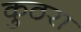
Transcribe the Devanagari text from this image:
कुठरा